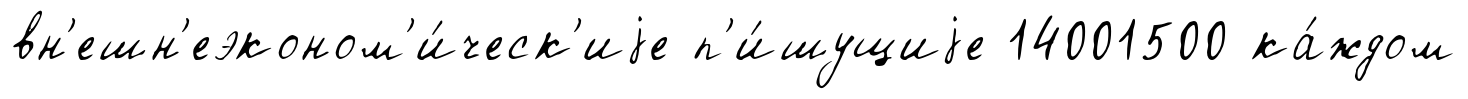
вн'ешн'еэконом'и́ческ'иjе п'и́шущиjе 14001500 ка́ждом